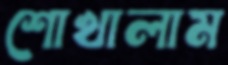
শোখালাম